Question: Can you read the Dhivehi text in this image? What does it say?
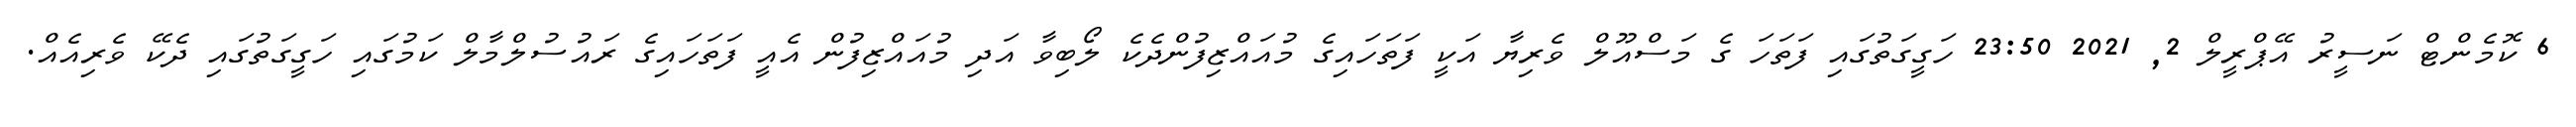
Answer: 6 ކޮމެންޓް ނަސީރު އޭޕްރީލް 2, 2021 23:50 ހަގީގަތުގައި ފަތަހަ ގެ މަސްއޫލް ވެރިޔާ އަކީ ފަތަހައިގެ މުއައްޒިފުންދެކެ ލޯބިވާ އަދި މުއައްޒިފުން އެއީ ފަތަހައިގެ ރައުސުލްމާލް ކަމުގައި ހަގީގަތުގައި ދެކޭ ވެރިއެއް.